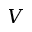
\boldsymbol { V }